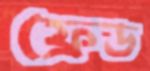
ফ্রেড